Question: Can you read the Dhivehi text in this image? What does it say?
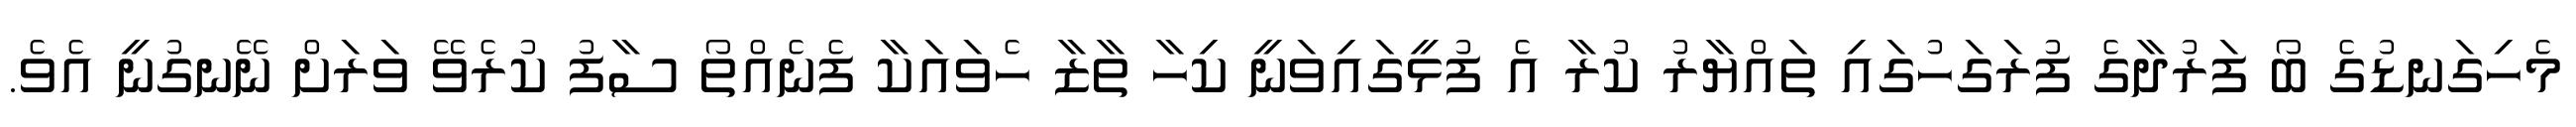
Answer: މެހިގަނޑުގެ ބޯ ފަރުދާގެ ފުރަގަހުގައި ތައްޔާރު ކުރާ އެ ފުޅީގައިވަނީ ކިހާ ތާޒާ ހެވައަކާ ފެނެއްތޯ ސާފު ކުރެވޭ ވަރަށް ނޭނގުނީ އެވެ.